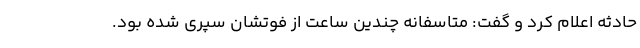
حادثه اعلام کرد و گفت: متاسفانه چندین ساعت از فوتشان سپری شده بود.